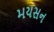
મયસન